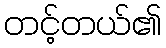
တင့်တယ်၏